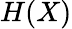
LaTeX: H(X)